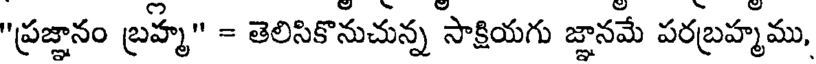
"ప్రజ్ఞానం బ్రహ్మ" = తెలిసికొనుచున్న సాక్షియగు జ్ఞానమే పరబ్రహ్మము,